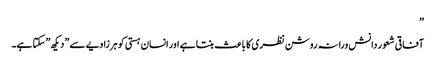
”
آفاقی شعور دانش ورانہ روشن نظری کا باعث بنتا ہے اور انسان ہستی کو ہر زاویے سے ”دیکھ” سکتا ہے۔